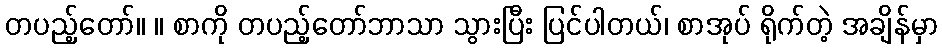
တပည့်တော်။ ။ စာကို တပည့်တော်ဘာသာ သွားပြီး ပြင်ပါတယ်၊ စာအုပ် ရိုက်တဲ့ အချိန်မှာ